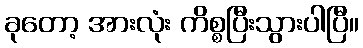
ခုတော့ အားလုံး ကိစ္စပြီးသွားပါပြီ။